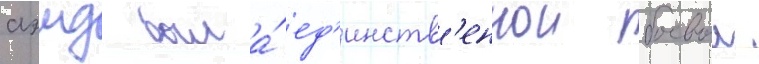
аэмд была́ ед'инств'еннои боевои